Report of an investigation of the epidemic of malarial fever in Assam, or, kala-azar
Disease focus: Malaria
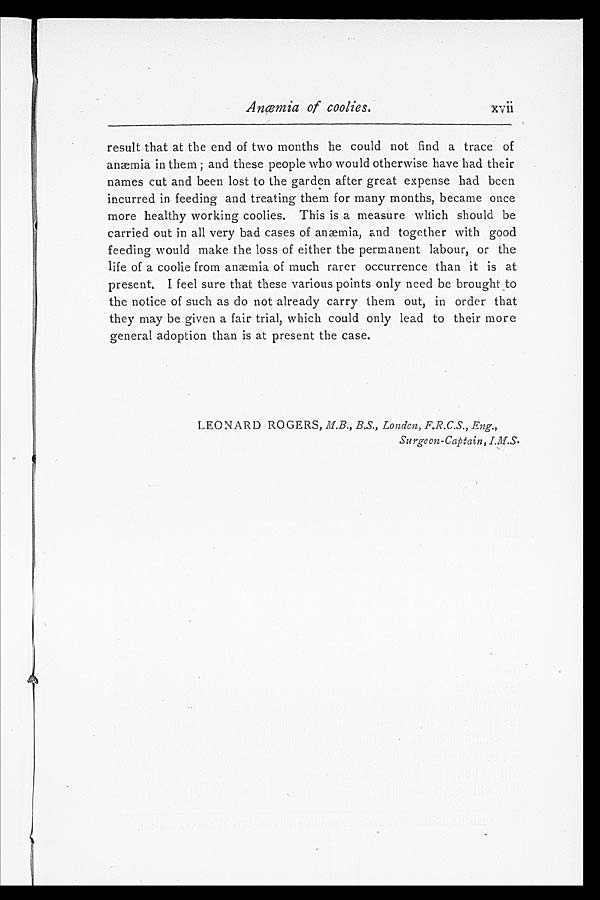
Anœmia of coolies.
xvii
result that at the end of two months he could not find a trace of
anæmia in them; and these people who would otherwise have had their
names cut and been lost to the garden after great expense had been
incurred in feeding and treating them for many months, became once
more healthy working coolies. This is a measure which should be
carried out in all very bad cases of anæmia, and together with good
feeding would make the loss of either the permanent labour, or the
life of a coolie from anæmia of much rarer occurrence than it is at
present, I feel sure that these various points only need be broughtto
the notice of such as do not already carry them out, in order that
they may be given a fair trial, which could only lead to their more
general adoption than is at present the case.
LEONARD ROGERS, M.B., B.S., London, F.R.C.S., Eng.,
Surgeon-Captain, I.M.S.